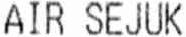
AIR SEJUK